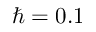
\hbar = 0 . 1